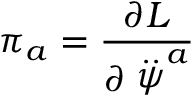
\pi _ { a } = \frac { \partial { \cal L } } { \partial \stackrel { . . } { \psi } ^ { a } }